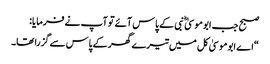
صبح جب ابوموسیٰ ؓ نبی کے پاس آئے تو آپ نے فرمایا:
“اے ابوموسیٰ کل میں تیرے گھر کے پاس سے گزرا تھا۔